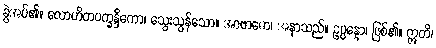
ခွဲအပ်၏။ လောဟိတပက္ခန္ဒိကော၊ သွေးသွန်သော။ အာဗာဓော၊ အနာသည်။ ဥပ္ပန္နော၊ ဖြစ်၏။ ဣတိ၊